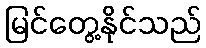
မြင်တွေ့နိုင်သည်